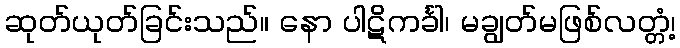
ဆုတ်ယုတ်ခြင်းသည်။ နော ပါဋိကင်္ခါ၊ မချွတ်မဖြစ်လတ္တံ့၊